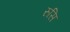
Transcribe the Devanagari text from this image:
रुसि